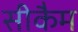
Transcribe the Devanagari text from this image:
सीकैम